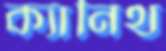
ক্যানিথ